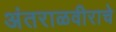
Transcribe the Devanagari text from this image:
अंतराळवीराचे